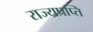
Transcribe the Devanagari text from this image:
राज्यप्रप्ति